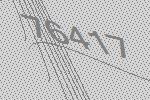
76417